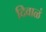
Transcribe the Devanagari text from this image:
दिवाळं